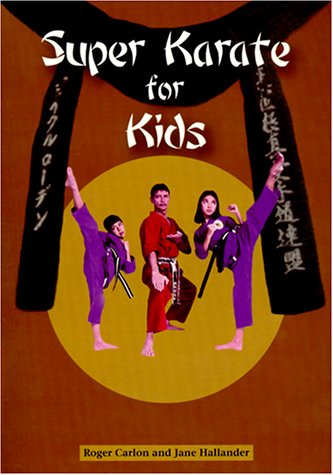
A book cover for Super Karate for Kids; Roger Carlon; Teen & Young Adult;